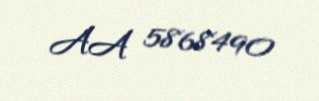
AA 5868490